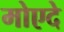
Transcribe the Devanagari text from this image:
मोएदे